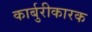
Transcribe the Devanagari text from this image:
कार्बुरीकारक